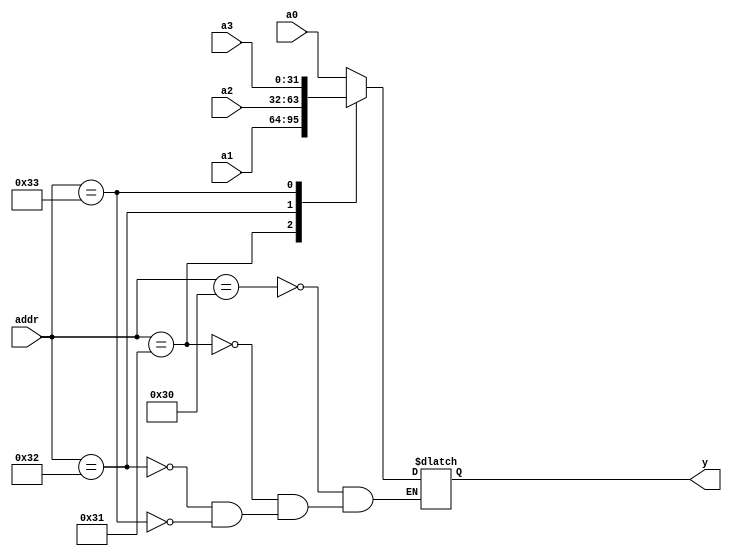
module io_input_mux (a0, a1, a2, a3, addr, y);
	input  [31:0] a0, a1, a2, a3;
	input  [5:0]  addr;
	output [31:0] y;
	///////////////////////////////////////////////////
	reg    [31:0] y;
	always @ (*)
	begin
		case (addr)
			6'b110000: y = a0;
			6'b110001: y = a1;
			6'b110010: y = a2;
			6'b110011: y = a3;
		endcase
	end
endmodule